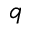
\boldsymbol q